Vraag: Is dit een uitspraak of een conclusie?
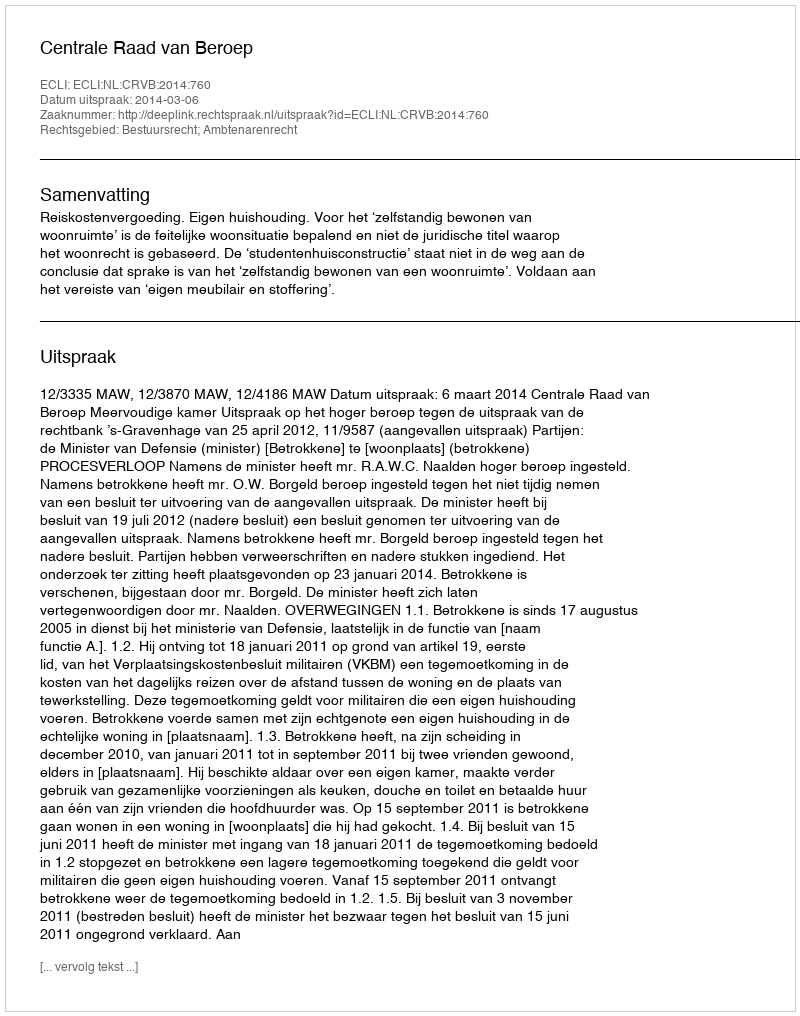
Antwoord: Uitspraak